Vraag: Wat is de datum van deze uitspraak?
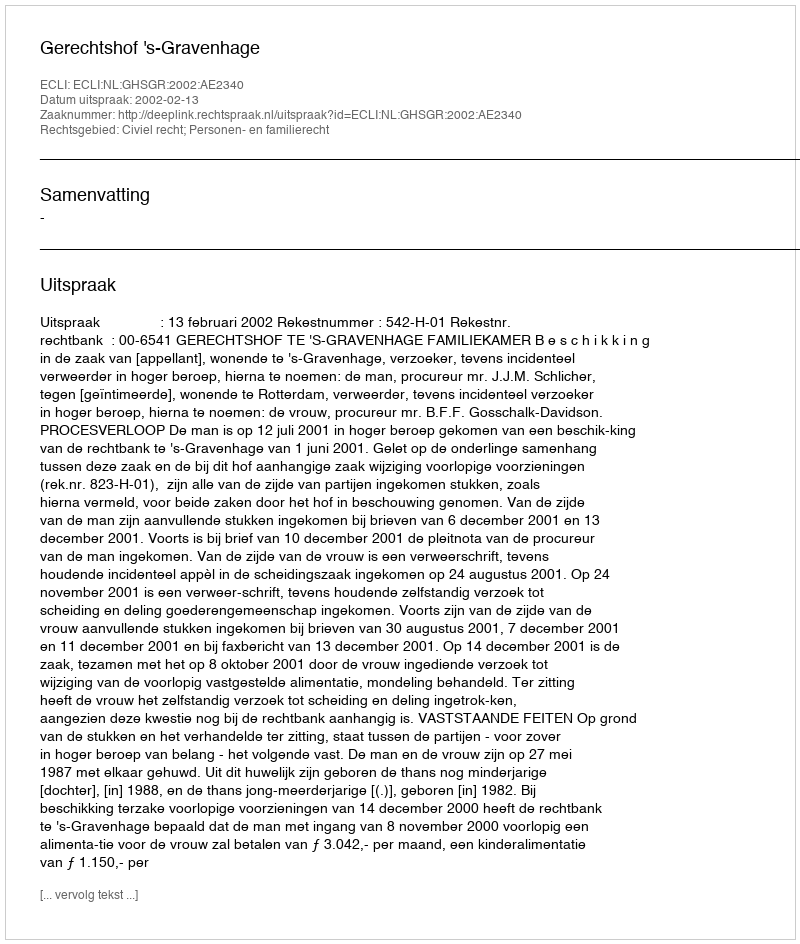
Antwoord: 2002-02-13